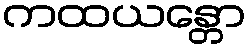
ကထယန္တော